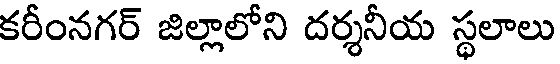
కరీంనగర్ జిల్లాలోని దర్శనీయ స్థలాలు